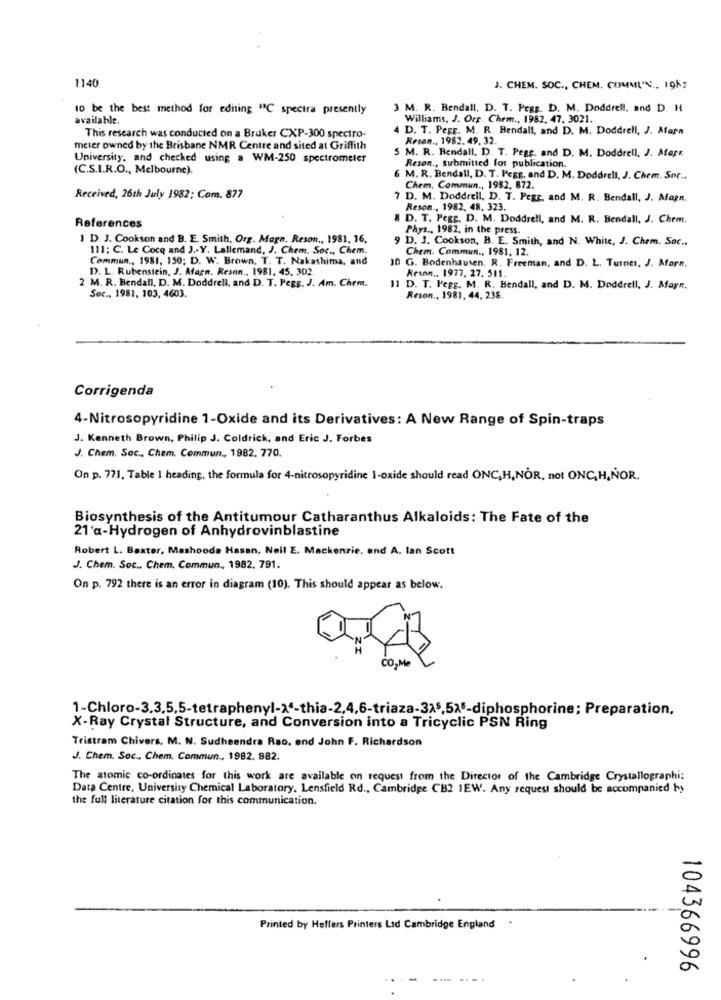
140
J. CHEM. SOC ., CHEM. COMMIN ., 1987
10 be the best method for editing "2℃ spectra presently
3 M. R. Bendall, D. T. Pegg. D. M. Doddrell, and D. H
available.
Williams, J. Org. Chem ., 1982. 47, 3021.
D. T. Pegr. M. R. Hendall, and D. M. Doddrell, J. Atarn
This research was conducted on a Bruker CXP-300 spectro-
Resen ., 1982. 49. 32.
meter owned by the Brisbane NMR Centre and sited at Griffith
5 M. R. Bendall, D. T. Pegg. and D. M. Doddrell, J. Afare
University, and checked using a WM-250 spectrometer
(C.S.I.R.O ., Melbourne).
Reson ., submitted for publication.
M. R. Bendall, D. T. Pegg, and D. M. Doddrell, J. Chem. Sor ..
Chem. Commun ., 1982, 872.
Received, 26th July 1982; Com. 877
7 D. M. Doddrell, D. T. Pegs, and M. R. Bendall, J. Magn.
Reson ., 1982, 48. 323.
8 D. T. Pegr. D. M. Doddrell, and M. R. Bendall, J. Chem.
References
Phys ., 1982, in the press.
1 D. J. Cookson and B. E. Smith, Org. Maga. Reson ., 1981, 16,
9 D. J. Cookson, B. E. Smith, and N. White, J. Chem. Soc ..
111; C. Le Cocq and J .- Y. Lallemand, J. Chem. Soc ., Chem.
Chem. Commun ., 1981, 12.
Commun ., 1981, 150; D. W. Brown. T. T. Nakashima, and
D. L. Rubenstein, J. Afarm. Resan ., 1981. 45, 302.
10 G. Bodenhausen. R. Freeman, and D. L. Turnet, J. Marn.
Reson ., 1977, 27. 511.
2 M. R. Bendall, D. M. Doddrell, and D. T. Pegg. J. Am. Chem.
11 D. T. Pegg. M. R. Bendall, and D. M. Doddrell, J. Magn.
Sec ., 1981, 103, 4603.
Reson ., 1981, 44, 238.
Corrigenda
4-Nitrosopyridine 1-Oxide and its Derivatives: A New Range of Spin-traps
J. Kenneth Brown, Philip J. Coldrick, and Eric J. Forbes
J. Chem. Soc ., Cham. Commun, 1982. 770.
On p. 771, Table 1 heading, the formula for 4-nitrosopyridine 1-oxide should read ONC,H,NOR, not ONC,H,NOR.
Biosynthesis of the Antitumour Catharanthus Alkaloids: The Fate of the
21'a-Hydrogen of Anhydrovinblastine
Robert L. Baxter, Mashooda Hasan, Neil E. Mackenzie, and A. lan Scott
J. Chem. Soc .. Chem. Commun, 1982. 791.
On p. 792 there is an error in diagram (10). This should appear as below.
CO,Me
1-Chloro-3,3,5,5-tetraphenyl-x'-thia-2,4,6-triaza-315,5x5-diphosphorine; Preparation.
X-Ray Crystal Structure, and Conversion into a Tricyclic PSN Ring
Tristram Chivers. M. N. Sudbeendra Rao, end John F. Richardson
J. Chem. Soc ., Chem. Commun ., 1982, 982.
The atomic co-ordinates for this work are available on request from the Director of the Cambridge Crystallographi:
Data Centre, University Chemical Laboratory. Lensfield Rd ., Cambridge CH2 1EW. Any request should be accompanied by
the full literature citation for this communication.
Printed by Heffers Printers Lid Cambridge England
104366996